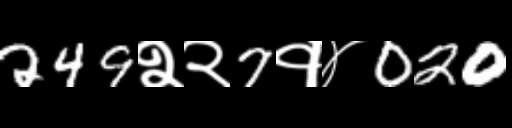
Text: 249२२7१४020